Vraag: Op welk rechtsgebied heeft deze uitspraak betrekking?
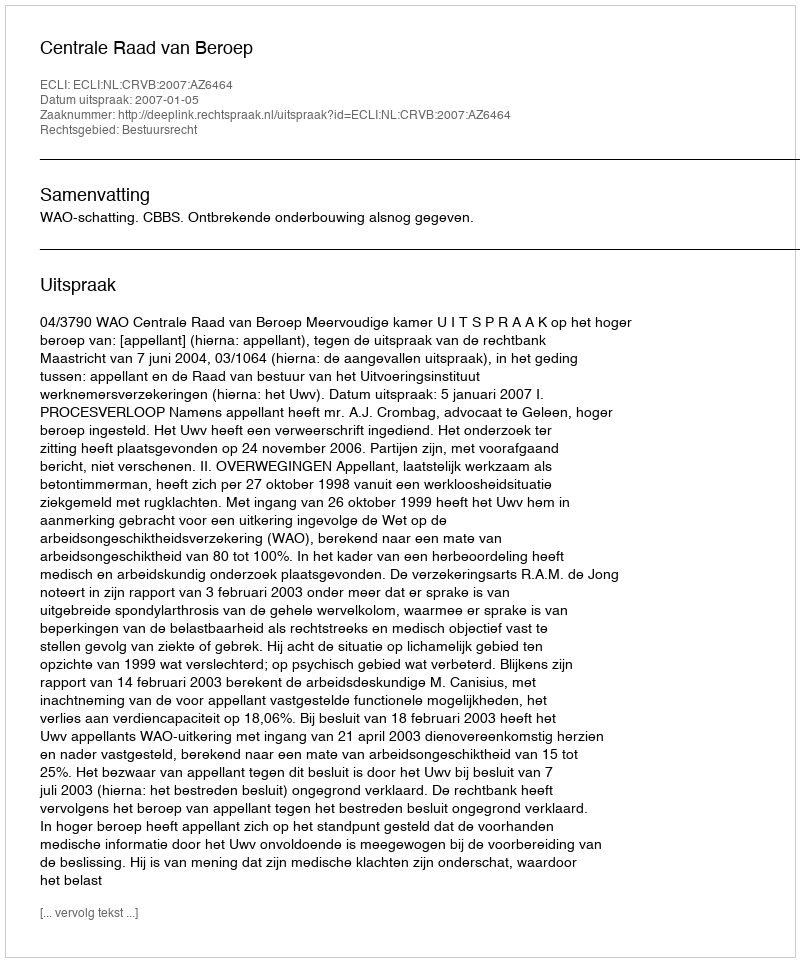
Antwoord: Bestuursrecht